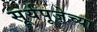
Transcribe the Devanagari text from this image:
सूर्यपूजेच्या